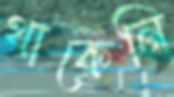
থাকেনি